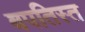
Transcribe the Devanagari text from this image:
बपतिस्त